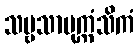
သဗ္ဗသာမုက္ကံသိကံ